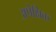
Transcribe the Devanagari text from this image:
अपेक्षिक